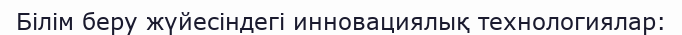
Білім беру жүйесіндегі инновациялық технологиялар: